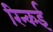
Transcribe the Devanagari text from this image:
रिन्कई